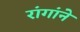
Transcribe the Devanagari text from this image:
रांगांने